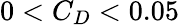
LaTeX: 0<C_{D}<0.05